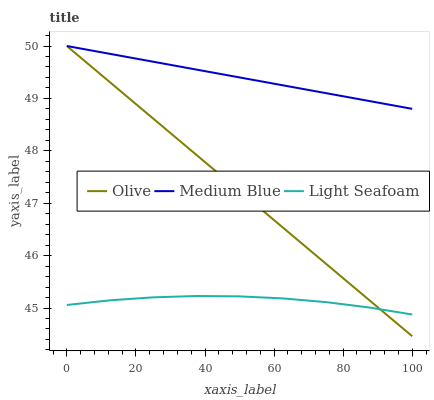
| xaxis_label | Olive | Medium Blue | Light Seafoam |
 | --- | --- | --- | --- |
 | 0 | 50 | 50 | 45.1 |
 | 12.5 | 49.3 | 49.9 | 45.1 |
 | 25 | 48.6 | 49.7 | 45.2 |
 | 37.5 | 47.9 | 49.6 | 45.2 |
 | 50 | 47.2 | 49.4 | 45.2 |
 | 62.5 | 46.5 | 49.3 | 45.2 |
 | 75 | 45.8 | 49.1 | 45.1 |
 | 87.5 | 45.2 | 49 | 45 |
 | 100 | 44.5 | 48.8 | 44.9 |